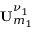
{ \bf U } _ { m _ { 1 } } ^ { \nu _ { 1 } }